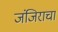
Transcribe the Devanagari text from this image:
जंजिराचा